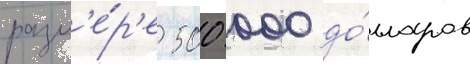
разм'е́р'е 500 000 до́лларов